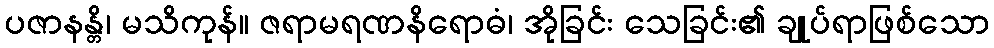
ပဇာနန္တိ၊ မသိကုန်။ ဇရာမရဏနိရောဓံ၊ အိုခြင်း သေခြင်း၏ ချုပ်ရာဖြစ်သော